Source: Computer-generated
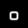
Digit: ၀ (0)